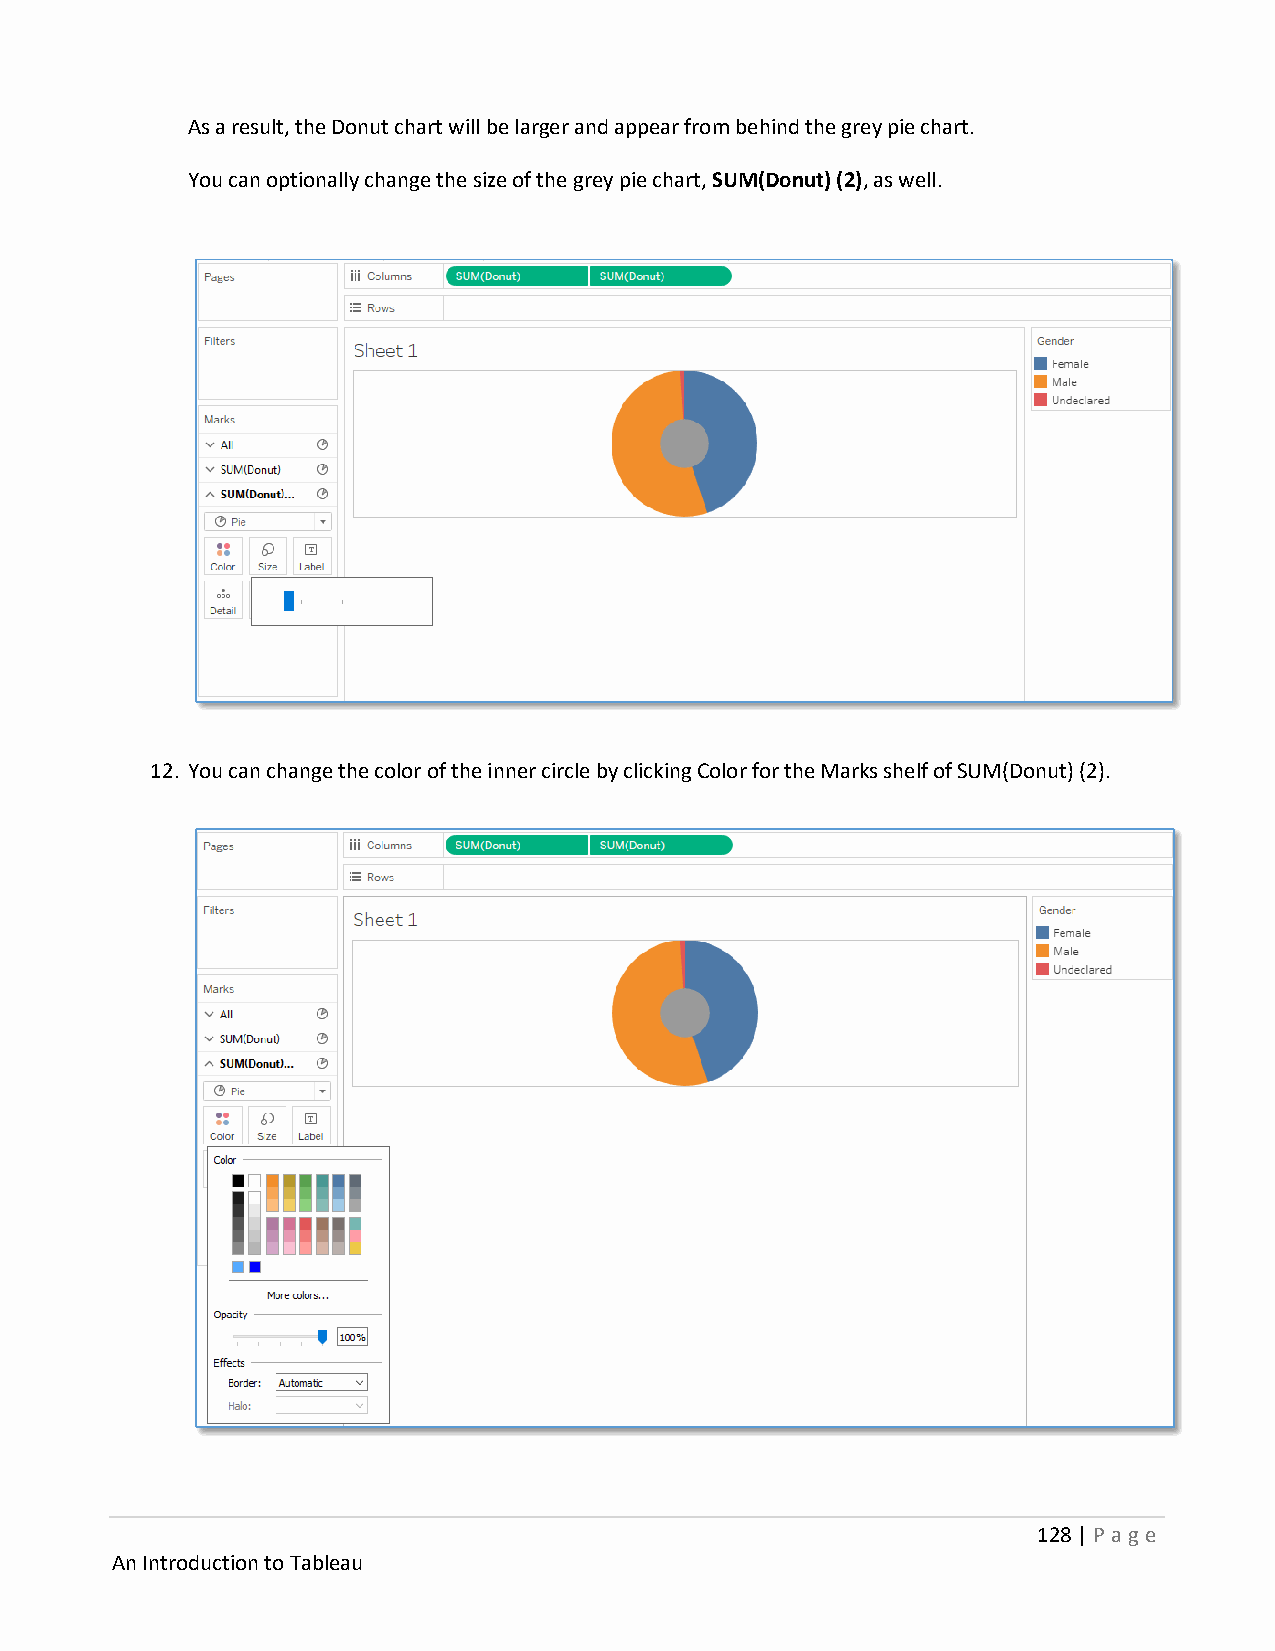
As a result, the Donut chart will be larger and appear from behind the grey pie chart.
 You can optionally change the size of the grey pie chart, SUM(Donut) (2), as well.
 12. You can change the color of the inner circle by clicking Color for the Marks shelf of SUM(Donut) (2).
 128 | P age
 An Introduction to Tableau